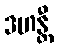
ဒဟန္တီ